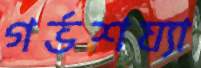
গর্ভশয্যা